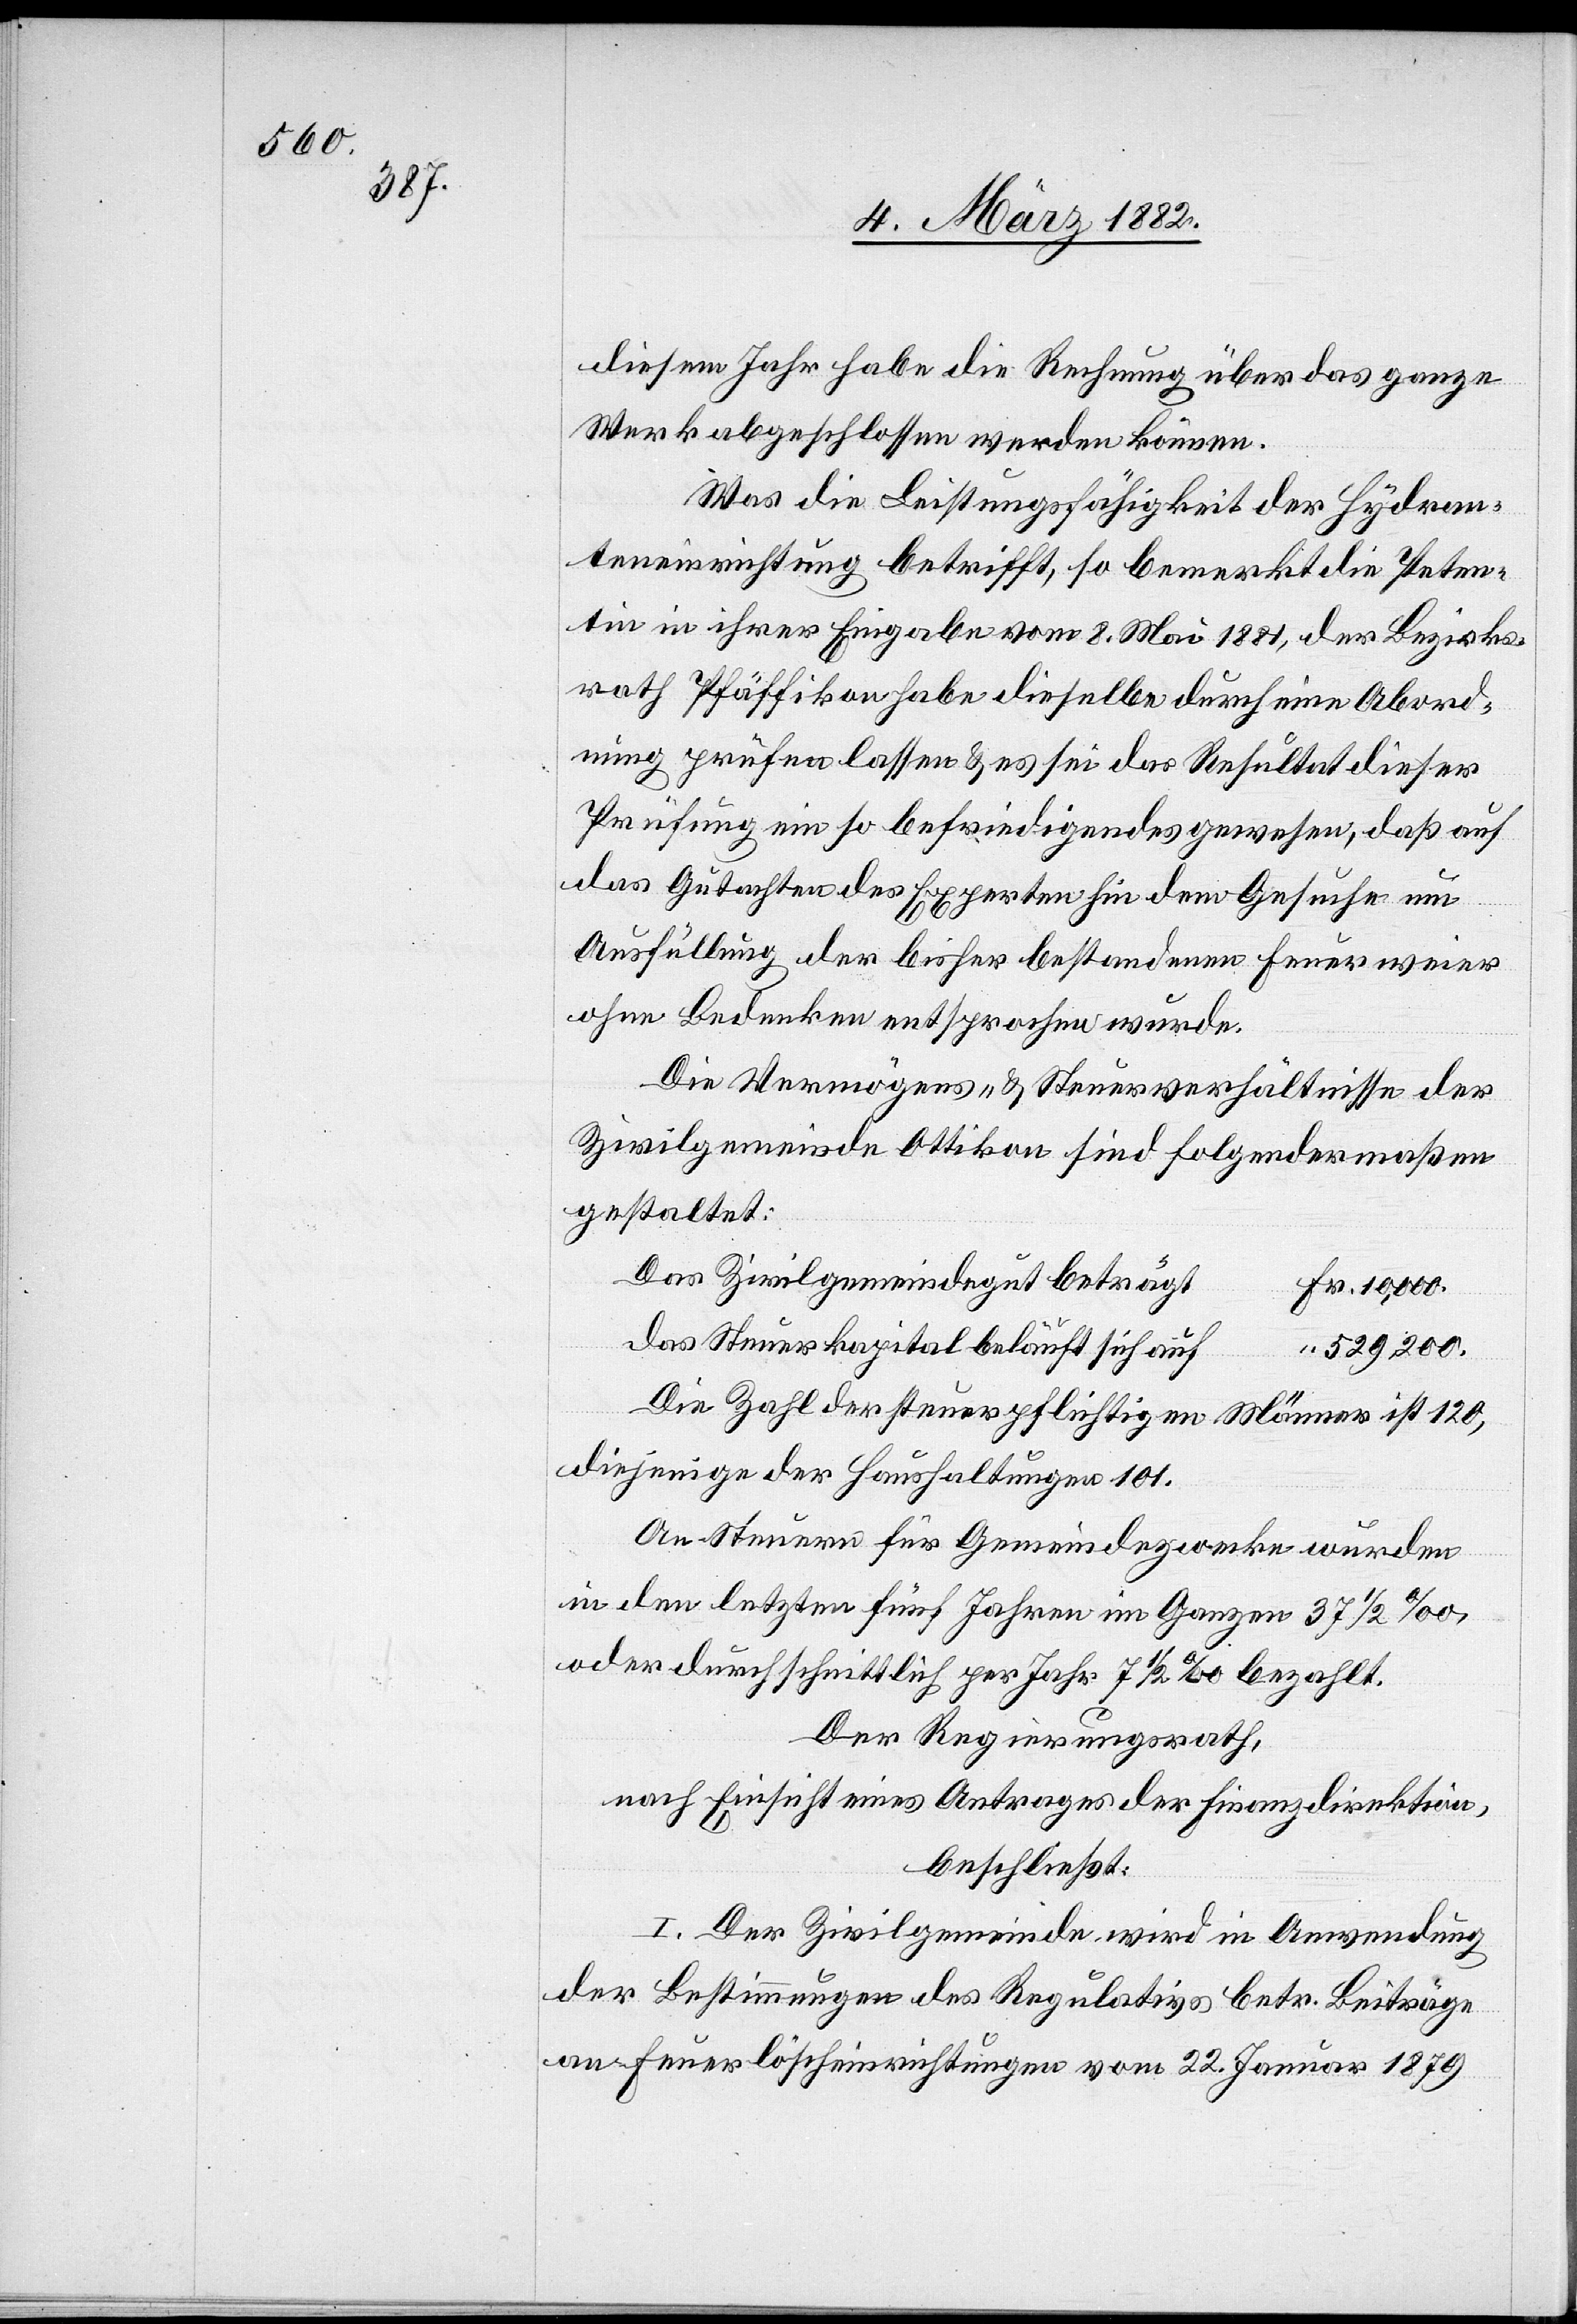
diesem Jahr habe die Rechnung über das ganze
Werk abgeschlossen werden können.
Was die Leistungsfähigkeit der Hydran¬
teneinrichtung betrifft, so bemerkt die Peten¬
tin in ihrer Eingabe vom 8. Mai 1881, der Bezirks¬
rath Pfäffikon habe dieselbe durch einen Abord¬
nung prüfen lassen & es sei das Resultat dieser
Prüfung ein so befriedigendes gewesen, daß auf
das Gutachten des Experten hin dem Gesuche neu
Ausfüllung der bisher bestandenen Feuerweier
ohne Bedenken entsprochen wurde.
Die Vermögens- & Steuerverhältnisse der
Zivilgemeinde Ottikon sind folgendermaßen
gestaltet:
Das Zivilgemeindegut beträgt
Fr. 10,000
das Steuerkapital beläuft sich auf
“ 529,200
Die Zahl der steuerpflichtigen Männer ist 120,
diejenige der Haushaltungen 101.
An Steuern für Gemeindezwecke wurden
in den letzten fünf Jahren im Ganzen 371/2‰,
oder durchschnittlich per Jahr 71/2‰ bezahlt.
Der Regierungsrath,
nach Einsicht eines Antrages der Finanzdirektion,
beschließt:
I. Der Zivilgemeinde wird in Anwendung
der Bestimmungen des Regulativs betr. Beiträge
an Feuerlöschereinrichtungen vom 22. Januar 1879